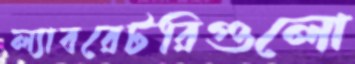
ল্যাবরেটরিগুলো